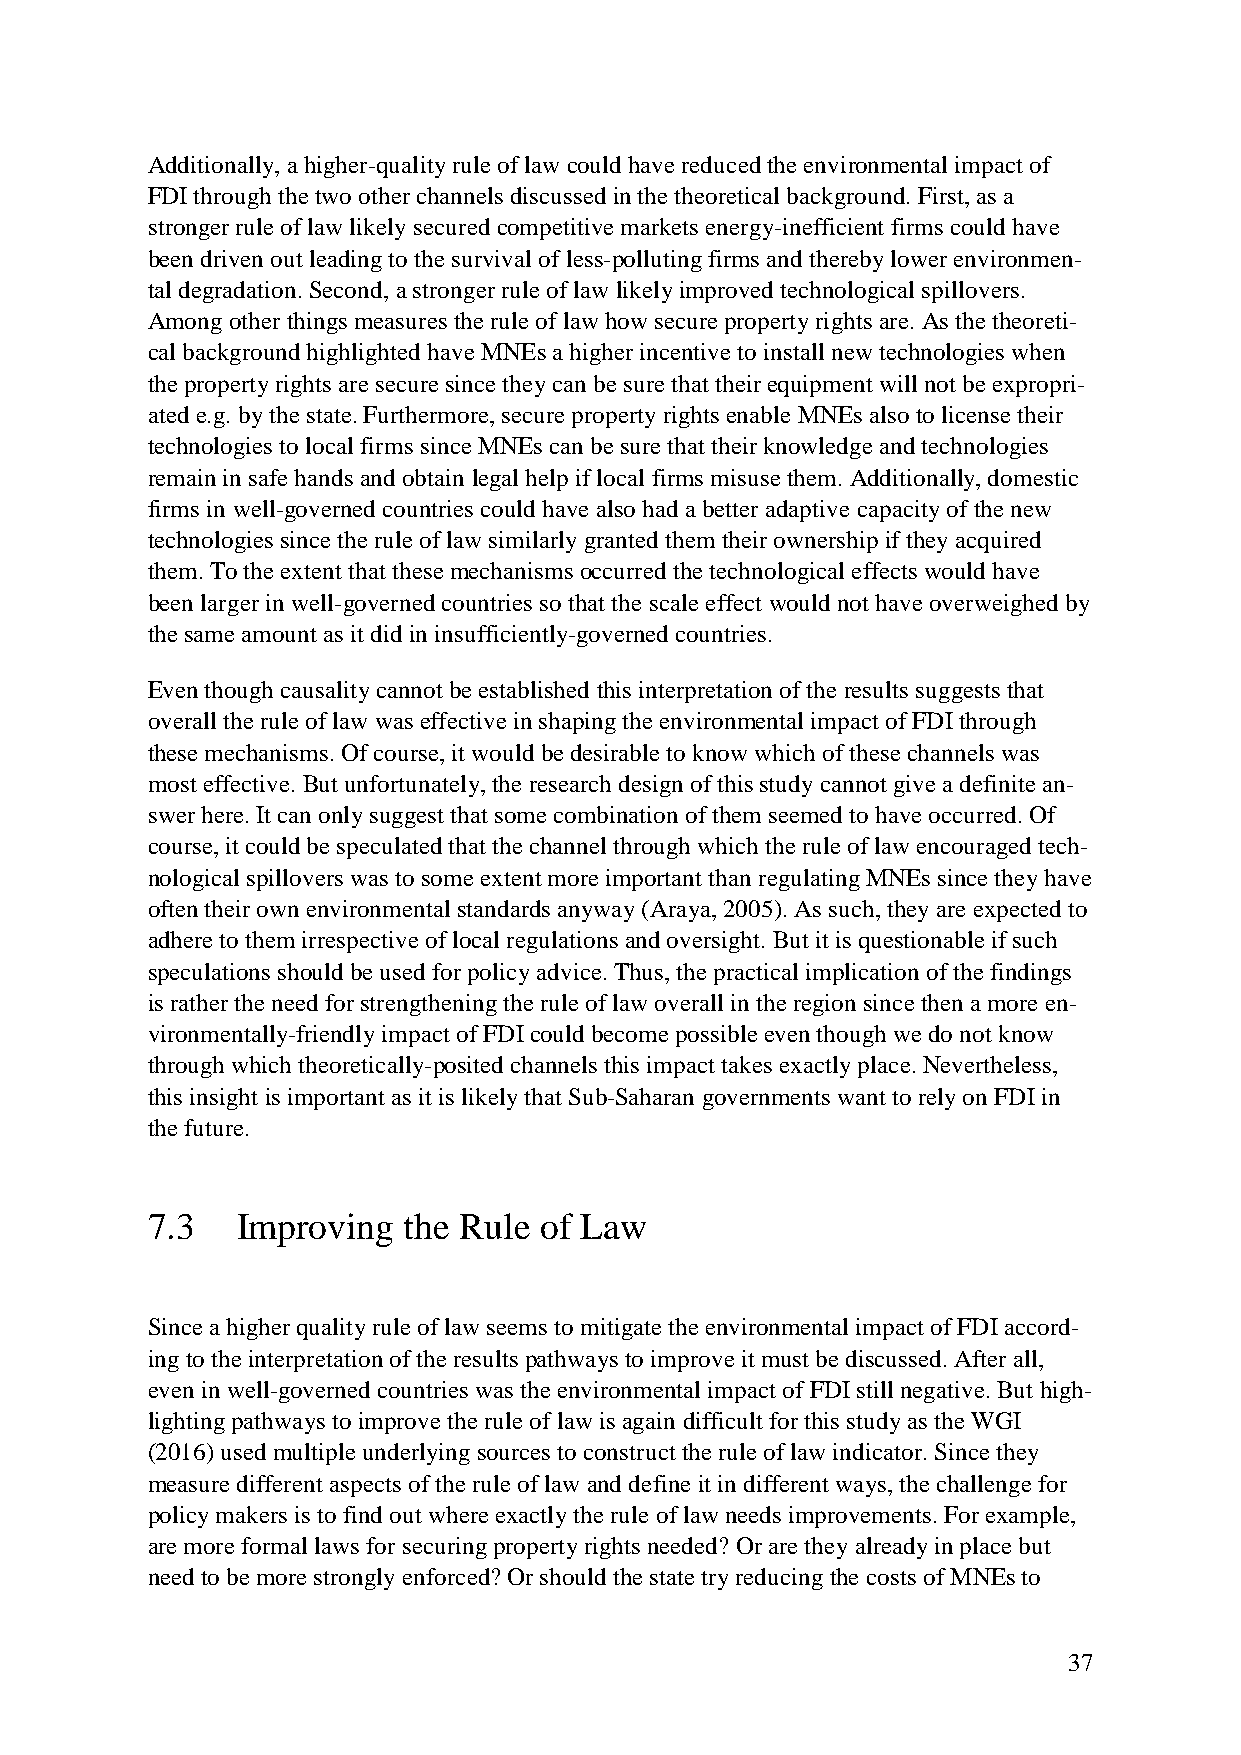
Additionally, a higher-quality rule of law could have reduced the environmental impact of
 FDI through the two other channels discussed in the theoretical background. First, as a
 stronger rule of law likely secured competitive markets energy-inefficient firms could have
 been driven out leading to the survival of less-polluting firms and thereby lower environmen-
 tal degradation. Second, a stronger rule of law likely improved technological spillovers.
 Among other things measures the rule of law how secure property rights are. As the theoreti-
 cal background highlighted have MNEs a higher incentive to install new technologies when
 the property rights are secure since they can be sure that their equipment will not be expropri-
 ated e.g. by the state. Furthermore, secure property rights enable MNEs also to license their
 technologies to local firms since MNEs can be sure that their knowledge and technologies
 remain in safe hands and obtain legal help if local firms misuse them. Additionally, domestic
 firms in well-governed countries could have also had a better adaptive capacity of the new
 technologies since the rule of law similarly granted them their ownership if they acquired
 them. To the extent that these mechanisms occurred the technological effects would have
 been larger in well-governed countries so that the scale effect would not have overweighed by
 the same amount as it did in insufficiently-governed countries.
 Even though causality cannot be established this interpretation of the results suggests that
 overall the rule of law was effective in shaping the environmental impact of FDI through
 these mechanisms. Of course, it would be desirable to know which of these channels was
 most effective. But unfortunately, the research design of this study cannot give a definite an-
 swer here. It can only suggest that some combination of them seemed to have occurred. Of
 course, it could be speculated that the channel through which the rule of law encouraged tech-
 nological spillovers was to some extent more important than regulating MNEs since they have
 often their own environmental standards anyway (Araya, 2005). As such, they are expected to
 adhere to them irrespective of local regulations and oversight. But it is questionable if such
 speculations should be used for policy advice. Thus, the practical implication of the findings
 is rather the need for strengthening the rule of law overall in the region since then a more en-
 vironmentally-friendly impact of FDI could become possible even though we do not know
 through which theoretically-posited channels this impact takes exactly place. Nevertheless,
 this insight is important as it is likely that Sub-Saharan governments want to rely on FDI in
 the future.
 7.3   Improving  the Rule of Law
 Since a higher quality rule of law seems to mitigate the environmental impact of FDI accord-
 ing to the interpretation of the results pathways to improve it must be discussed. After all,
 even in well-governed countries was the environmental impact of FDI still negative. But high-
 lighting pathways to improve the rule of law is again difficult for this study as the WGI
 (2016) used multiple underlying sources to construct the rule of law indicator. Since they
 measure different aspects of the rule of law and define it in different ways, the challenge for
 policy makers is to find out where exactly the rule of law needs improvements. For example,
 are more formal laws for securing property rights needed? Or are they already in place but
 need to be more strongly enforced? Or should the state try reducing the costs of MNEs to
 37